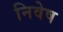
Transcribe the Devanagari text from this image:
निवेष